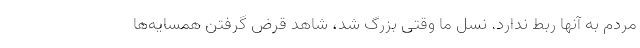
مردم به آنها ربط ندارد. نسل ما وقتی بزرگ شد، شاهد قرض گرفتن همسایه‌ها